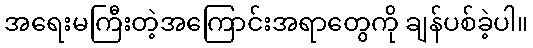
အရေးမကြီးတဲ့အကြောင်းအရာတွေကို ချန်ပစ်ခဲ့ပါ။